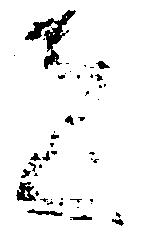
者